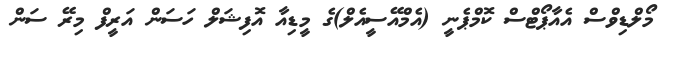
މޯލްޑިވްސް އެއާޕޯޓްސް ކޮމްޕެނީ (އެމްއޭސީއެލް)ގެ މީޑިއާ އޮފިޝަލް ހަސަން އަރީފް މިރޭ ސަން